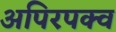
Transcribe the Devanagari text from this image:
अपिरपक्व